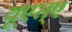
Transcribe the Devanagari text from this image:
यूएस्‌ए